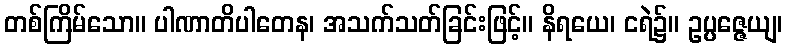
တစ်ကြိမ်သော။ ပါဏာတိပါတေန၊ အသက်သတ်ခြင်းဖြင့်။ နိရယေ၊ ငရဲ၌။ ဥပ္ပဇ္ဇေယျ၊